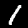
Digit: 1